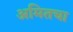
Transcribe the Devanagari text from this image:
अमितचा